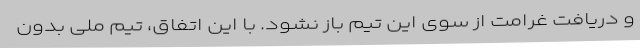
و دریافت غرامت از سوی این تیم باز نشود. با این اتفاق، تیم ملی بدون